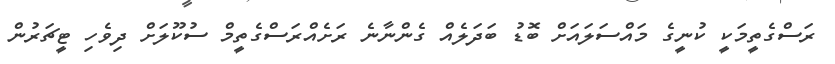
ރަސްގެތީމަކީ ކުނީގެ މައްސަލައަށް ބޮޑު ބަދަލެއް ގެންނާނެ ރަށެއްރަސްގެތީމް ސުކޫލަށް ދިވެހި ޓީޗަރުން